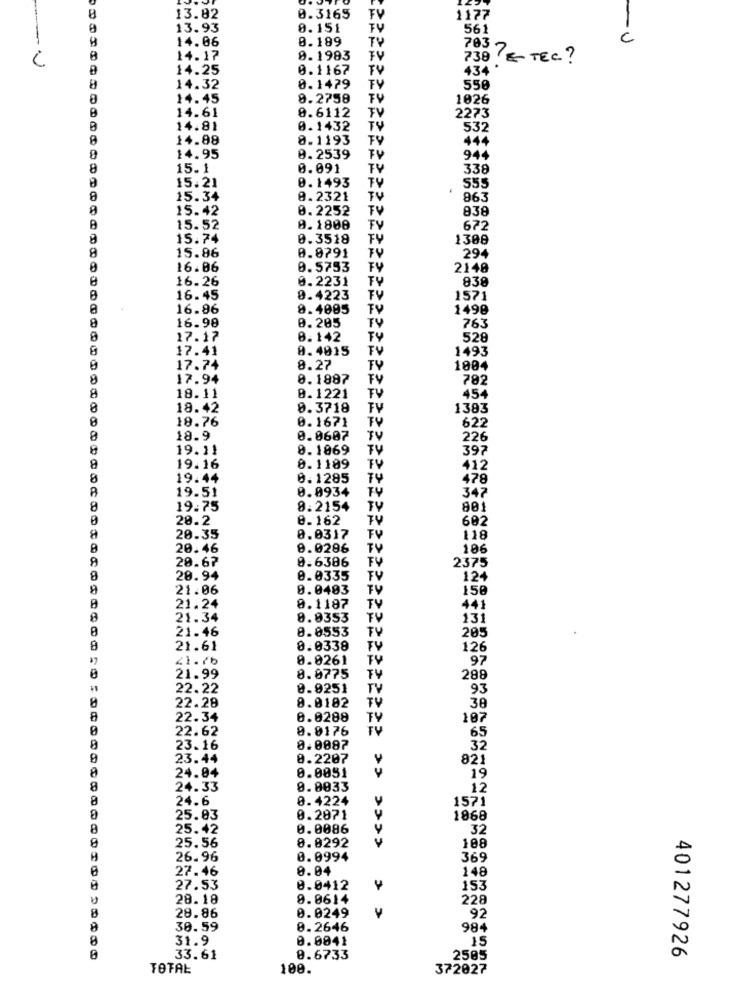
13.82
0.3165
TV
1177
13.93
8.151
TV
561
8.199
TV
c
14.06
8
14.17
0.1983
FY
783 7 € TEC?
14.25
0.1167
TV
434
14.32
0.1479
FY
550
14.45
8.2758
1026
14.61
0.6112
2273
14.81
0.1432
TV
532
8
14.88
8.1193
444
14.95
0.2539
TV
944
8
15.1
0.091
338
0.1493
555
15.21
15.34
0.2321
863
15.42
0.2252
TV
838
15.52
0.1808
672
15.74
0.3518
1308
15.86
0.0791
294
16.06
0.5753
2140
16.26
0.2231
838
16.45
0.4223
1571
16.96
8.4085
TV
1498
16.98
0.205
TV
763
17.17
0.142
528
17.41
8.4015
TV
1493
17.74
8.27
TY
1804
17.94
0.1887
FY
782
TV
8
18.11
0.1221
454
8
18.42
0.3718
FY
1383
8
19.76
0.1671
TY
622
8
18.9
0.0607
TV
226
19.11
8.1869
TV
397
8
19.16
8.1189
TV
412
19.44
0.1285
478
0.0934
347
19.51
8
19.75
8.2154
TY
801
20.2
0.162
TV
602
8
20.35
0.0317
FV
118
20.46
0.0286
10
20.67
0.6386
FY
2375
8
20.94
0.0335
FV
124
9
21.06
0.0403
TV
158
21.24
0.1187
TY
441
8
21.34
8.0353
TV
131
21.46
8.0553
TV
205
8
21.61
8.0338
FV
126
21. 7b
0.0261
TV
97
0
21.99
8.0775
288
22.22
0.9251
TV
93
22.28
0.0182
TV
38
8
22.34
0.0288
TV
107
22.62
0.8176
TV
65
23.16
0.0087
32
23.44
8.2207
821
0.0051
8
24.04
19
8
24.33
0.0033
12
8
24.6
0.4224
1571
25.03
0.2871
1868
8
25.42
0.0086
32
25.56
8.8292
108
26.96
0.0994
369
27.46
0.04
148
27.53
0.0412
153
28.18
9.0614
228
28.86
8
0.0249
92
30.59
0.2646
984
31.9
0.0041
15
33.61
0.6733
2505
401277926
TOTAL
100.
372027